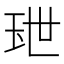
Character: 𤤙